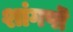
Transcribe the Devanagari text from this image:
शांगपॊ